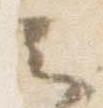
云